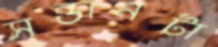
সন্তানটা